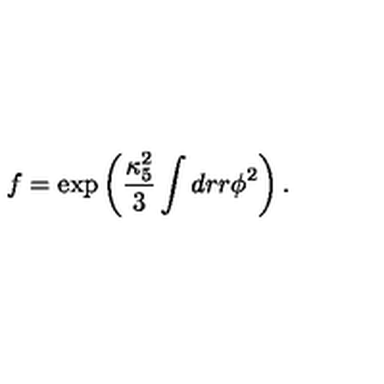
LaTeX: f = \exp \left( \frac { \kappa _ { 5 } ^ { 2 } } { 3 } \int d r r \phi ^ { 2 } \right) .